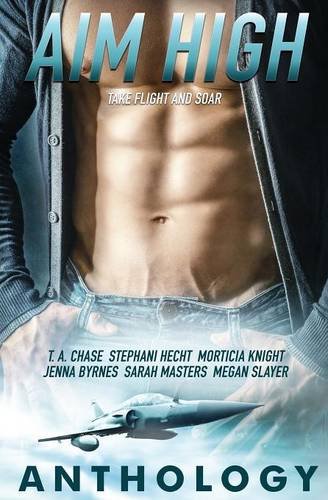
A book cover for Aim High; T.A. Chase; Romance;